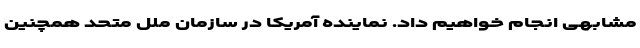
مشابهی انجام خواهیم داد. نماینده آمریکا در سازمان ملل متحد همچنین